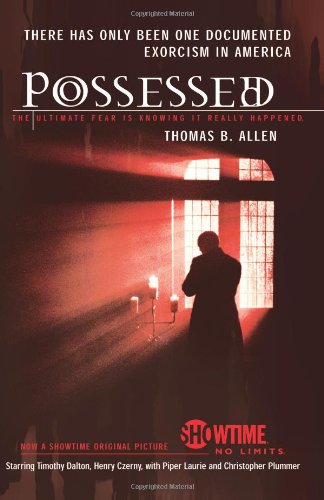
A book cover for Possessed; Thomas Allen; Christian Books & Bibles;